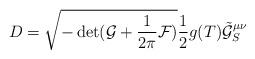
LaTeX: \begin{align*}D=\sqrt{-\det (\mathcal{G}+\frac{1}{2\pi}\mathcal{F})}\frac{1}{2}g(T)\tilde{\mathcal{G}}_S^{\mu\nu}\end{align*}